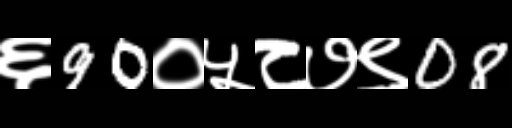
Text: ६90०५८७९08